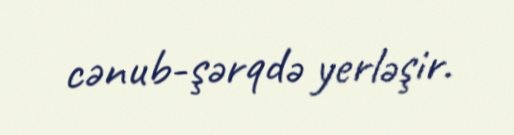
cənub-şərqdə yerləşir.